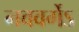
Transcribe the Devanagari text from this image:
नववर्गेऽ